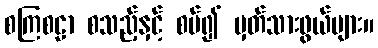
စကြစဠာ စသည့်နှင့် စပ်၍ မှတ်သားဖွယ်များ။